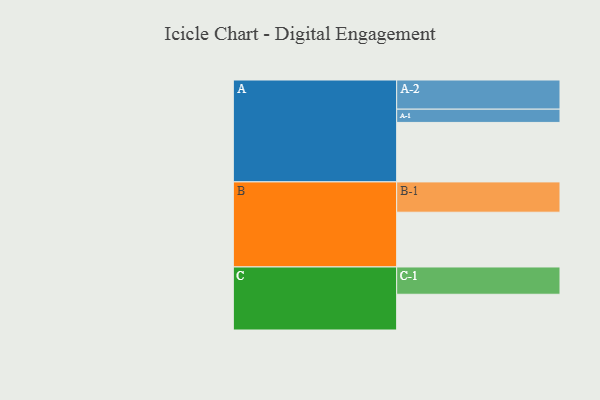
{"axis": {"x": "Segment", "y": "Value"}, "legend": ["", "A", "B", "C"], "data": [{"x": "A", "y": 569, "type": ""}, {"x": "B", "y": 524, "type": ""}, {"x": "C", "y": 342, "type": ""}, {"x": "A-1", "y": 127, "type": "A"}, {"x": "A-2", "y": 279, "type": "A"}, {"x": "B-1", "y": 290, "type": "B"}, {"x": "C-1", "y": 261, "type": "C"}]}